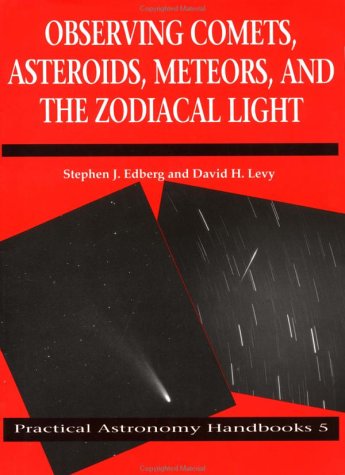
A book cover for Observing Comets, Asteroids, Meteors, and the Zodiacal Light (Practical Astronomy Handbooks); Stephen J. Edberg; Science & Math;